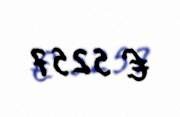
€ 5257